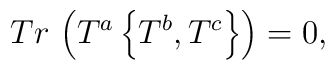
Tr\,\left( T^{a}\left\{ T^{b},T^{c}\right\} \right) =0,